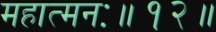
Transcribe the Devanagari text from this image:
महात्मनः॥१२॥